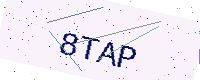
Text: 8TAP